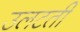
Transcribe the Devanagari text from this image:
उलटती